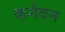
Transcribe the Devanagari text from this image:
कर्नवन